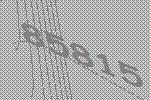
85815